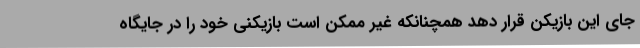
جای این بازیکن قرار دهد همچنانکه غیر ممکن است بازیکنی خود را در جایگاه